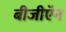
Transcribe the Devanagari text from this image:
बीजीऍन